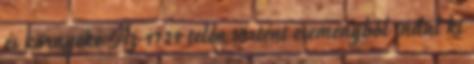
és környéke Az 1729 telén történt eseményből indul ki